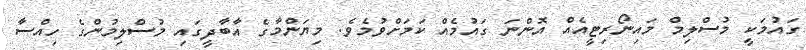
ގައުމަކީ މުސްލިމް މައިނޯރިޓީއެއް އޮންނަ ގައުމެއް ކަމަށްވުމެވެ. މިޔަންމާގެ އާބާދީގައި މުސްލިމުންގެ ހިއްސާ